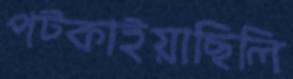
পট্‌কাইয়াছিলি